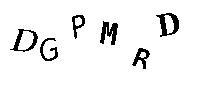
DGPMRD